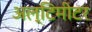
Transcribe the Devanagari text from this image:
अल्टिमीटर